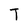
Character: T